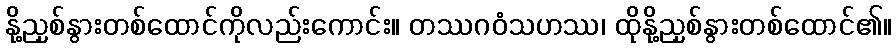
နို့ညှစ်နွားတစ်ထောင်ကိုလည်းကောင်း။ တဿဂဝံသဟဿ၊ ထိုနို့ညှစ်နွားတစ်ထောင်၏။